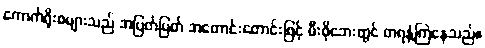
ကောက်ရိုးစများသည် အပြတ်ပြတ် အတောင်းတောင်းဖြင့် မီးဖိုဘေးတွင် တရနံ့ကြဲနေသည်။